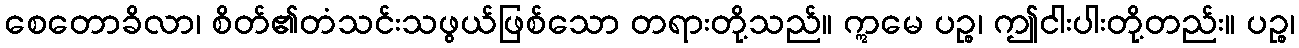
စေတောခိလာ၊ စိတ်၏တံသင်းသဖွယ်ဖြစ်သော တရားတို့သည်။ ဣမေ ပဉ္စ၊ ဤငါးပါးတို့တည်း။ ပဉ္စ၊